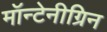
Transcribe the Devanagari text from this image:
मॉन्टेनीग्रिन